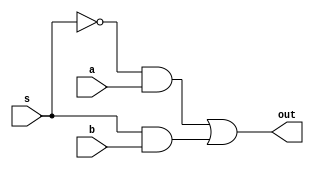
module mux_behav
(
 input a,
 input b,
 input s,
 output out
);

assign out = (~s & a) | (s & b);

endmodule